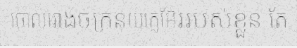
ចោលរោងចក្រនុយក្លេអ៊ែររបស់ខ្លួន តែ